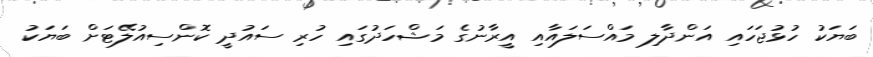
ބަޔަކު ހުޅުޖަހައި އަންދާލި މައްސަލައާއި އީރާނުގެ މަޝްހަދުގައި ހުރި ސައުދީ ކޮންސިއުލޭޓަށް ބަޔަކު